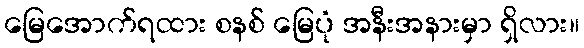
မြေအောက်ရထား စနစ် မြေပုံ အနီးအနားမှာ ရှိလား။